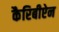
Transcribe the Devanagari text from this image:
कैरिबीऐन